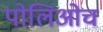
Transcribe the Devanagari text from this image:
पोलिओच